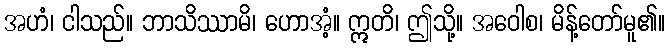
အဟံ၊ ငါသည်။ ဘာသိဿာမိ၊ ဟောအံ့။ ဣတိ၊ ဤသို့။ အဝေါစ၊ မိန့်တော်မူ၏။